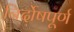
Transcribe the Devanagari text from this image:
निर्दोषपूर्ण